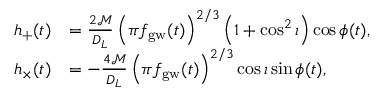
\begin{array} { r l } { h _ { + } ( t ) } & { = \frac { 2 \mathcal { M } } { D _ { L } } \left( \pi f _ { \mathrm { g w } } ( t ) \right) ^ { 2 / 3 } \left( 1 + \cos ^ { 2 } \iota \right) \cos { \phi ( t ) } , } \\ { h _ { \times } ( t ) } & { = - \frac { 4 \mathcal { M } } { D _ { L } } \left( \pi f _ { \mathrm { g w } } ( t ) \right) ^ { 2 / 3 } \cos { \iota } \sin { \phi ( t ) } , } \end{array}